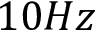
1 0 H z